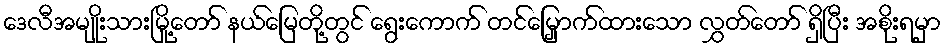
ဒေလီအမျိုးသားမြို့တော် နယ်မြေတို့တွင် ရွေးကောက် တင်မြှောက်ထားသော လွှတ်တော် ရှိပြီး အစိုးရမှာ